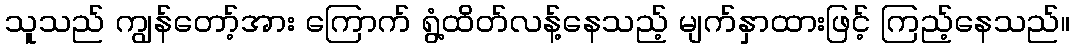
သူသည် ကျွန်တော့်အား ကြောက် ရွံ့ထိတ်လန့်နေသည့် မျက်နှာထားဖြင့် ကြည့်နေသည်။